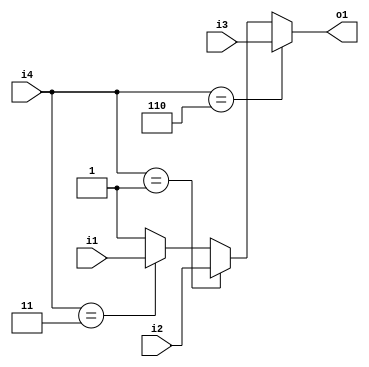
module cf_fft_1024_8_27 (i1, i2, i3, i4, o1);
input  i1;
input  i2;
input  i3;
input  [2:0] i4;
output o1;
wire   [2:0] n1;
wire   [2:0] n2;
wire   [2:0] n3;
wire   n4;
wire   n5;
wire   n6;
wire   n7;
wire   n8;
wire   n9;
wire   n10;
assign n1 = 3'b110;
assign n2 = 3'b001;
assign n3 = 3'b011;
assign n4 = i4 == n1;
assign n5 = i4 == n2;
assign n6 = i4 == n3;
assign n7 = n6 ? i1 : n10;
assign n8 = n5 ? i2 : n7;
assign n9 = n4 ? i3 : n8;
assign n10 = 1'b1;
assign o1 = n9;
endmodule